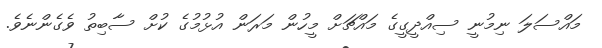
މައްސަލަ ނިމުނީ ސިއްދީގީގެ މައްޗަށް މީހުން މަރަން އުޅުމުގެ ކުށް ސާބިތު ވެގެންނެވެ.